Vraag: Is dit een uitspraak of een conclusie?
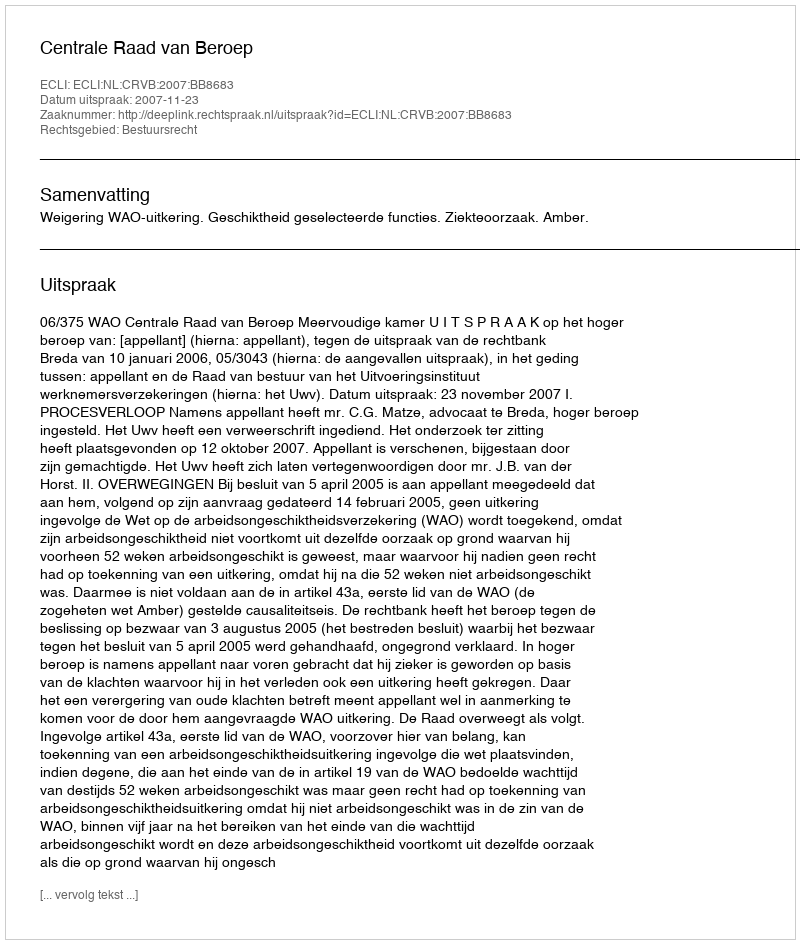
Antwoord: Uitspraak